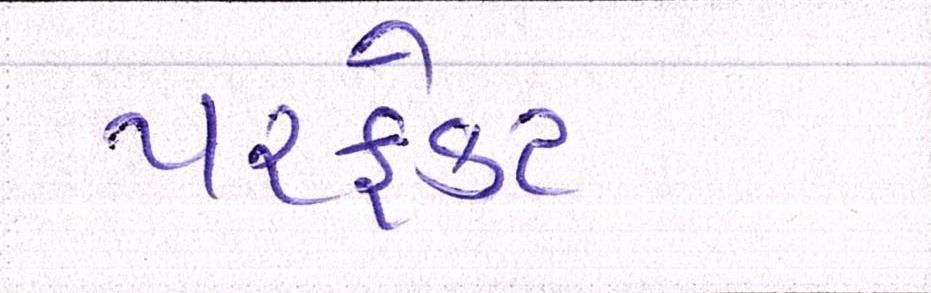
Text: પરફેક્ટ